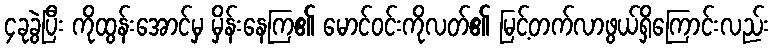
၄ခုခွဲပြီး ကိုထွန်းအောင်မှ မှိန်းနေကြ၏ မောင်ဝင်းကိုလတ်၏ မြင့်တက်လာဖွယ်ရှိကြောင်းလည်း